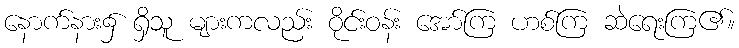
နောက်နား၌ ရှိသူ များကလည်း ဝိုင်းဝန်း အော်ကြ ဟစ်ကြ ဆဲရေးကြ၏။